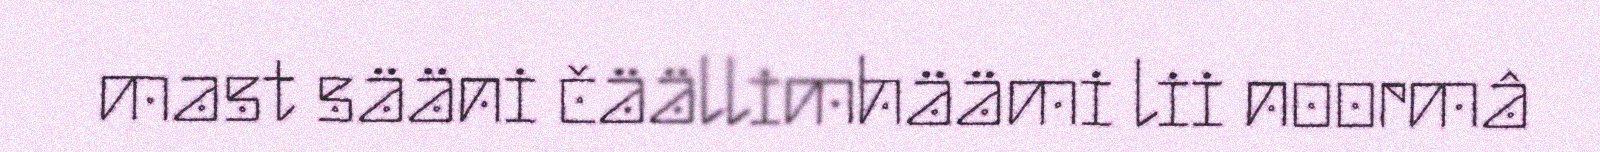
mast sääni čäällimhäämi lii noormâ